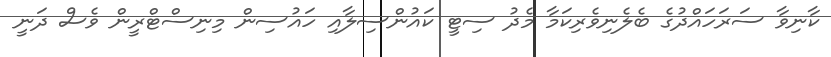
ކާނިވާ ސަރަހައްދުގެ ބެލެނިވެރިކަމާ މެދު ސިޓީ ކައުންސިލާއި ހައުސިން މިނިސްޓްރީން ވެސް ދަނީ